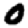
Digit: 0